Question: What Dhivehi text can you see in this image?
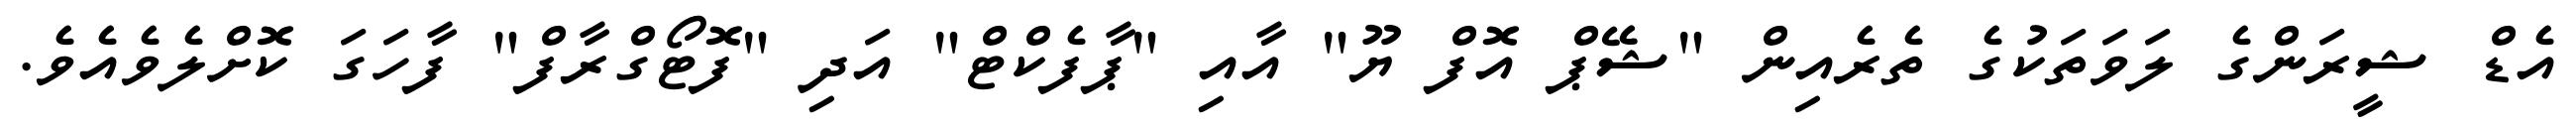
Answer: އެޑް ޝީރަންގެ ލަވަތަކުގެ ތެރެއިން "ޝޭޕް އޮފް ޔޫ" އާއި "ޕާފެކްޓް" އަދި "ފޮޓޯގްރާފް" ފާހަގަ ކޮށްލެވެއެވެ.